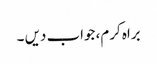
براہ کرم، جواب دیں ۔